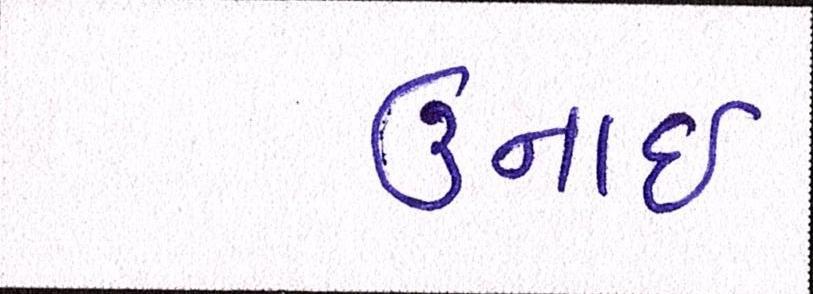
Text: ઉનાઈ